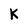
Character: k